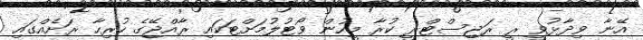
އޭނާ ވިދާޅުވީ ރީ ރަޖިސްޓްރީ ކުރާ މީހުން ވޯޓުލުމަށްޓަކައި ރާއްޖޭގެ ހުރިހާ ރަށެއްގައި